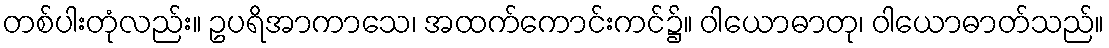
တစ်ပါးတုံလည်း။ ဥပရိအာကာသေ၊ အထက်ကောင်းကင်၌။ ဝါယောဓာတု၊ ဝါယောဓာတ်သည်။